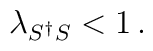
\lambda_{S^\dagger S}<1\,.